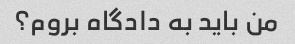
من باید به دادگاه بروم؟